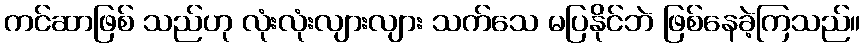
ကင်ဆာဖြစ် သည်ဟု လုံးလုံးလျားလျား သက်သေ မပြနိုင်ဘဲ ဖြစ်နေခဲ့ကြသည်။